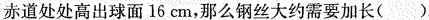
赤道处处高出球面16cm,那么钢丝大约需要加长（ ）.